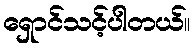
ရှောင်သင့်ပါတယ်။